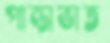
পান্তাভাত